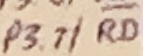
Text: P3.7/RD